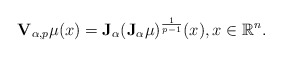
\begin{align*} \mathbf{V}_{\alpha, p}\mu(x)= \mathbf{J}_\alpha (\mathbf{J}_\alpha \mu)^{\frac{1}{p-1}} (x), x \in \mathbb{R}^n. \end{align*}